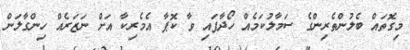
މިގޮތައް ބެލުންތެރިންގެ ސަމާލުކަމެއް ހޯދާފައި ވާ ކޮޕާ އެމެރިކާ އަށް ނަޒަރެއް ހިންގާލަން